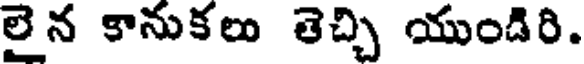
లైన కానుకలు తెచ్చి యుండిరి.